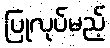
ပြုလုပ်မည့်